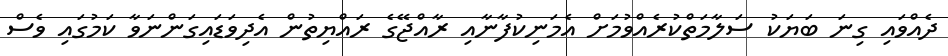
ދެއްވައި ގިނަ ބަޔަކު ސަލާމަތްކުރެއްވުމަށް އެމަނިކުފާނާއި ރާއްޖޭގެ ރައްޔިތުން އެދިވަޑައިގަންނަވާ ކަމުގައި ވެސް